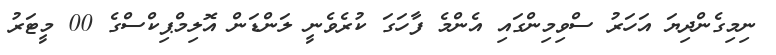
ނިމިގެންދިޔަ އަހަރު ސްވިމިންގައި އެންމެ ފާހަގަ ކުރެވެނީ ލަންޑަން އޮލިމްޕިކްސްގެ 00 މީޓަރު